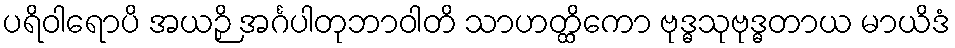
ပရိဝါရောပိ အယဉှိ အင်္ဂပါတုဘာဝါတိ သာဟတ္ထိကော ဗုဒ္ဓသုဗုဒ္ဓတာယ မာယိဒံ